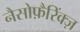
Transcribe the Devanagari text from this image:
नैसोफ़ैरिंक्ज़